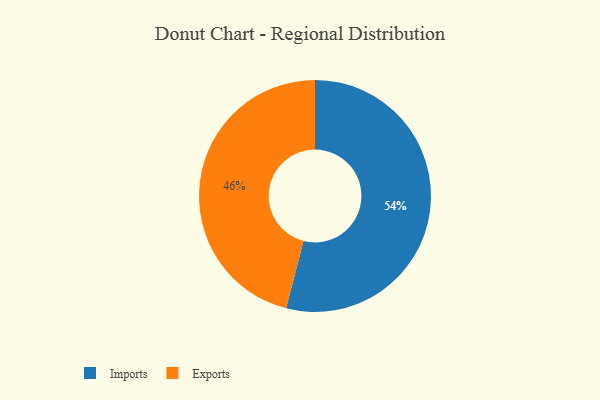
{"axis": {"x": "Category", "y": "Percentage"}, "legend": ["Exports", "Imports"], "data": [{"x": "Exports", "y": 46, "type": "Exports"}, {"x": "Imports", "y": 54, "type": "Imports"}]}